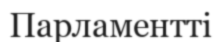
Парламентті